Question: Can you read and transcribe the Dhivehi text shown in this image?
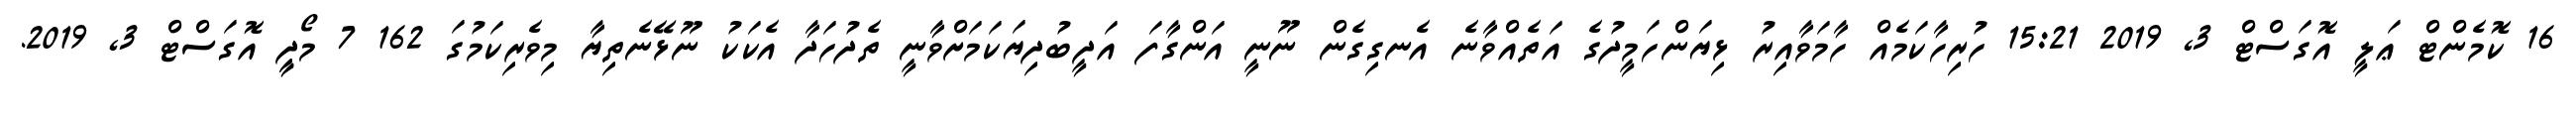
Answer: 16 ކޮމެންޓް ޢަލީ އޮގަސްޓް 3, 2019 15:21 ހުރިހާކަމެއް ހާމަވާއިރު ޅިޔަންހަމީދުގެ އަތެއްވާނެ އެނގިގެން ނޫނީ އަންގާފަ އަދީބުދިޔަކަމަށްވާނީ ތެދުހަދާ އެކަކު ނޫޅޭނެތިޔާ މިވެރިކަމުގަ 162 7 މޯދީީ އޮގަސްޓް 3, 2019.